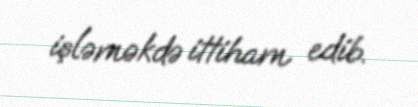
işləməkdə ittiham edib.